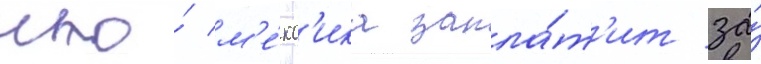
что́ м'е́кс'ика запла́т'ит за́